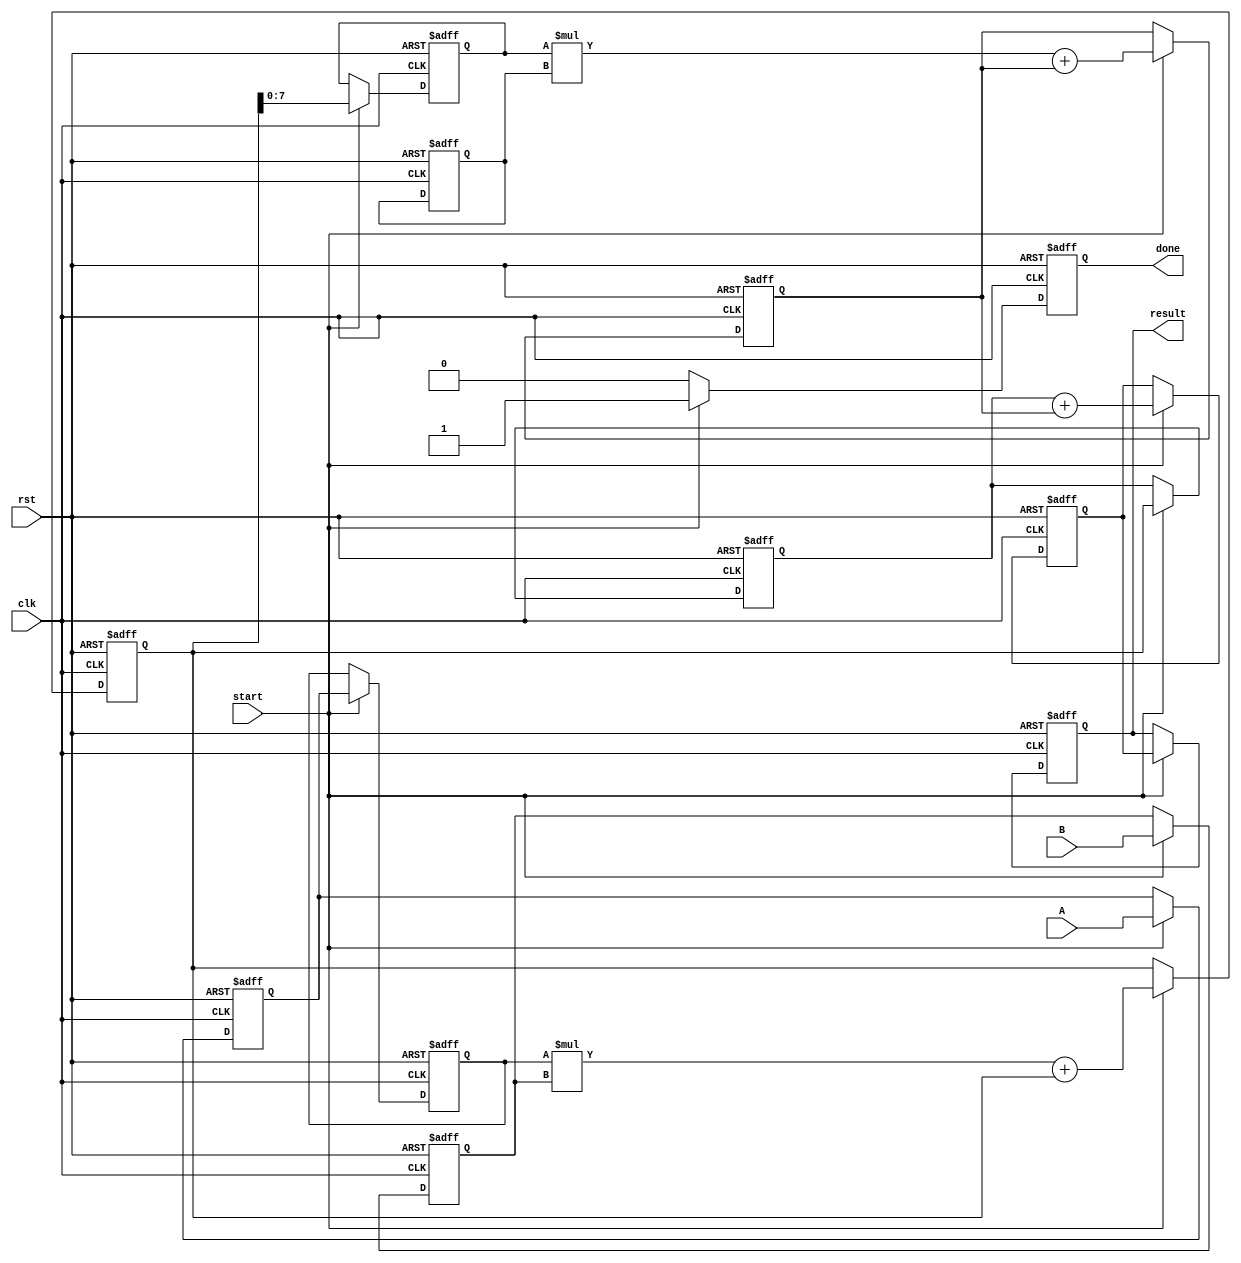
module systolic_multiplier #(parameter WIDTH = 8)(
    input clk,
    input rst,
    input [WIDTH-1:0] A, // multiplicand
    input [WIDTH-1:0] B, // multiplier
    input start,
    output reg [(2*WIDTH)-1:0] result, // Final result
    output reg done // Indicates when computation is finished
);

// Define the number of Processing Elements
localparam N = 2; // Example: 2x2 PE array

// Processing Elements
reg [WIDTH-1:0] pe [0:N-1][0:N-1]; // PE array
reg [WIDTH-1:0] a_reg [0:N-1]; // Input registers for A
reg [WIDTH-1:0] b_reg [0:N-1]; // Input registers for B
reg [(2*WIDTH)-1:0] acc [0:N-1][0:N-1]; // Accumulated results

integer i, j;

// Sequential logic for processing
always @(posedge clk or posedge rst) begin
    if (rst) begin
        // Reset all registers and results
        for (i = 0; i < N; i = i + 1) begin
            for (j = 0; j < N; j = j + 1) begin
                pe[i][j] <= 0;
                acc[i][j] <= 0;
            end
            a_reg[i] <= 0;
            b_reg[i] <= 0;
        end
        result <= 0;
        done <= 0;
    end else if (start) begin
        // Load inputs into first row and first column of the PE array
        a_reg[0] <= A;
        b_reg[0] <= B;
        
        // Load first PE with the first elements
        pe[0][0] <= a_reg[0];
        acc[0][0] <= pe[0][0] * b_reg[0];
        
        // Systolic data flow
        for (i = 0; i < N; i = i + 1) begin
            for (j = 0; j < N; j = j + 1) begin
                // Perform multiplication and accumulation
                if (i == 0 && j == 0) begin
                    // First PE just multiplies
                    acc[i][j] <= pe[i][j] * b_reg[j] + acc[i][j];
                end else if (i > 0 && j == 0) begin
                    // First column, accumulate from the one above
                    acc[i][j] <= acc[i-1][j];
                end else if (i == 0 && j > 0) begin
                    // First row, just multiply
                    acc[i][j] <= pe[i][j] * b_reg[j] + acc[i][j];
                end else begin
                    // General case, accumulate from left and above
                    acc[i][j] <= acc[i][j-1] + acc[i-1][j];
                end
                // Pass data to next PE
                if (j < N-1) begin
                    pe[i][j+1] <= acc[i][j];
                end
                if (i < N-1) begin
                    pe[i+1][j] <= acc[i][j];
                end
            end
        end
        
        // Final result is taken from the bottom-right PE
        result <= acc[N-1][N-1];
        done <= 1; // Indicate completion
    end else begin
        done <= 0; // Reset done signal if not starting
    end
end

endmodule